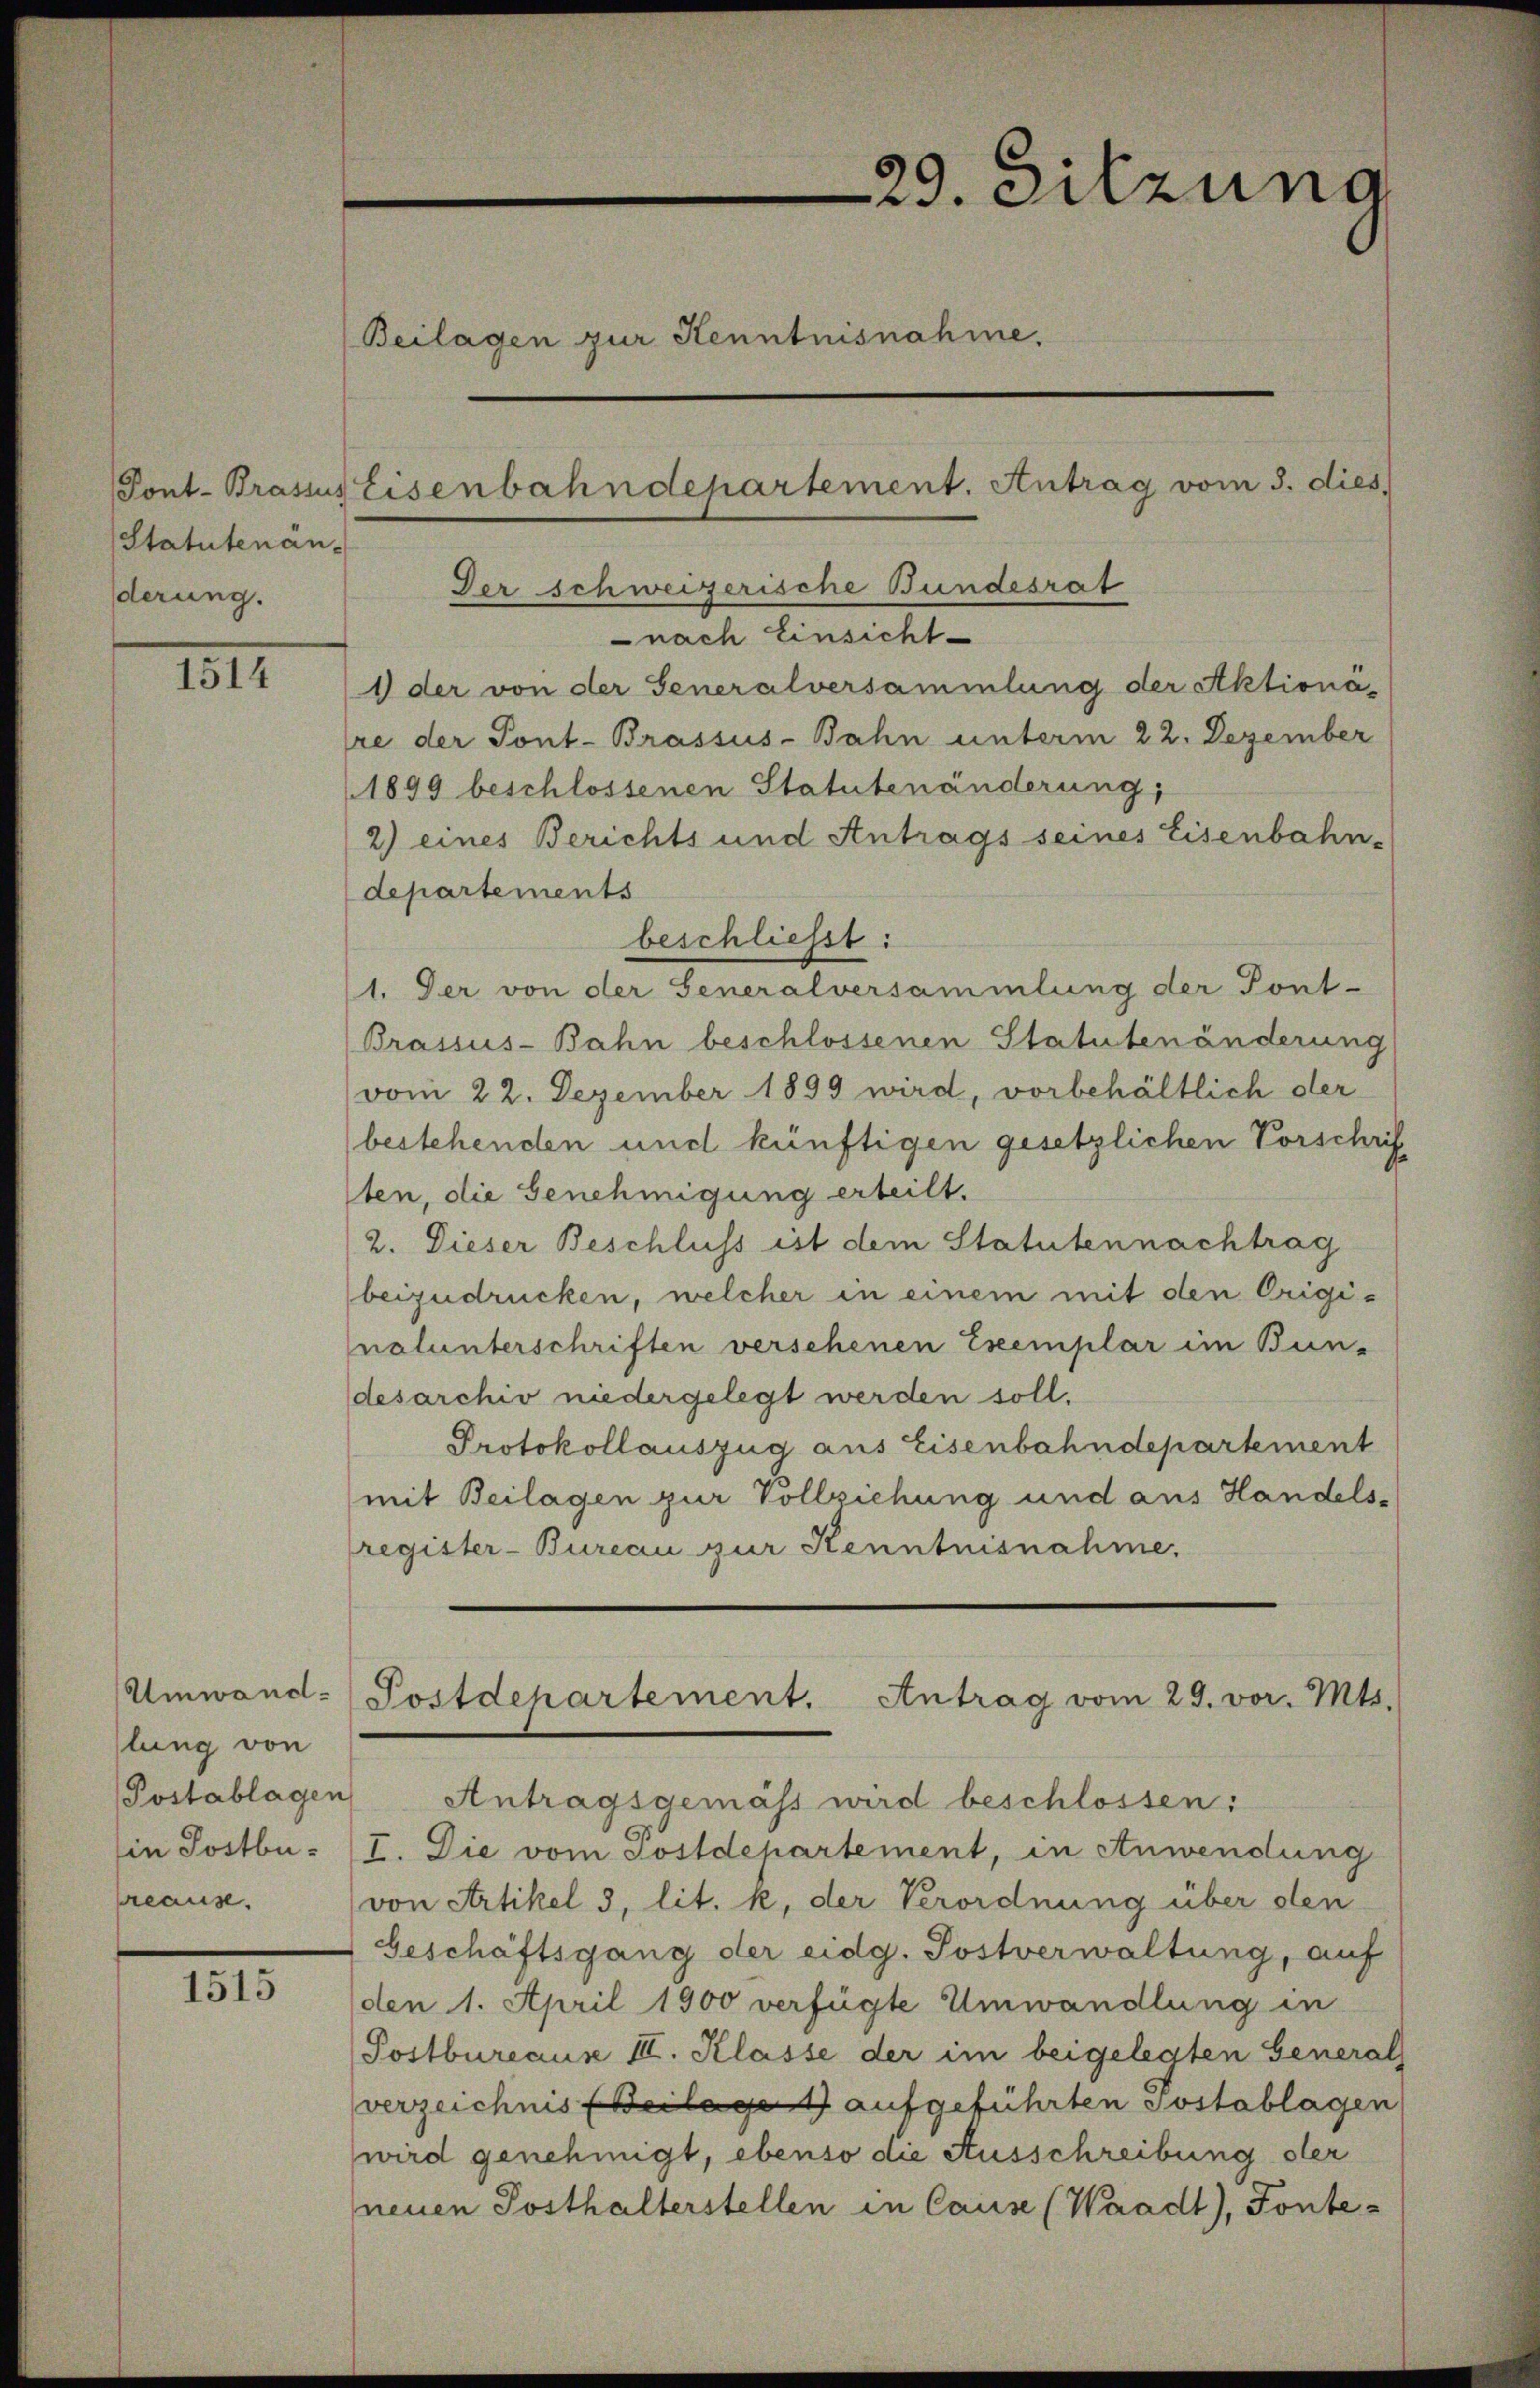
Statutenän-
derung.

1511

Umwandlung von
Postablagen
Ein Postbureause.

III.

29. Sitzung
Beilagen zur Kenntnisnahme.
Pont. Brassistisenbahndepartement. Antrag vom 3. dies

Der schweizerische Bundesrat
nach Einsicht
1 der von der Generalversammlung der Aktionä
re der Pont-Brassus-Bahn unterm 22. Dezember
1899 beschlossenen Statutenänderung,
2) eines Berichts und Antrags seines Eisenbahn-
departements
beschliesst:
1. Der von der Generalversammlung der Pont-
Brassus-Bahn beschlossenen Statutenänderung
vom 22. Dezember 1899 wird, vorbehältlich der
bestehenden und künftigen gesetzlichen Vorschrif
ten, die Genehmigung erteilt.
2. Dieser Beschluss ist dem Statutennachtrag
beizudrücken, welcher in einem mit den Origi-
nalunterschriften verschenen Exemplar im Bun-
desarchiv niedergelegt werden soll.
Protokollauszug aus Eisenbahndepartement
mit Beilagen zur Vollziehung und aus Handels-
register-Bureau zur Kenntnisnahme.
Postdepartement. Antrag vom 29. vor. Mts.
Antragsgemäss wird beschlossen:
I. Die vom Postdepartement, in Anwendung
von Artikel 3, lit. k, der Verordnung über den
Geschäftsgang der eidg. Postverwaltung, auf
den 1. April 1900 verfügte Umwandlung in
Postbureaus II. Klasse der im beigelegten General
verzeichnis (Beilage aufgeführten Postablagen
wird genehmigt, ebenso die Ausschreibung der
neuen Posthalterstellen in Cause (Waadt), Fonte-